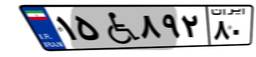
۱۵W۸۹۲۸۰